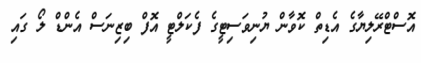
އޮސްޓްރޭލިޔާގެ އެޑިތް ކޮވާން ޔުނިވަސިޓީގެ ފެކަލްޓީ އޮފް ބިޒިނަސް އެންޑް ލޯ ގައި